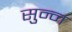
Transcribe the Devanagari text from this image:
सुन्‍न